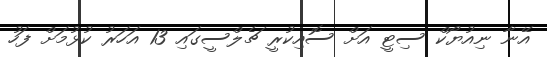
އޭނާ ނިއުޔޯކް ސިޓީ އަށް ސޮއިކުރީ ޗެލްސީގައި 13 އަހަރު ކުޅުމަށް ފަހު